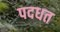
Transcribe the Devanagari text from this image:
पदधत